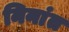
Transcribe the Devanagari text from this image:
निनांत